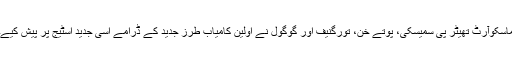
ماسکوآرٹ تھیٹر پی سمیسکی، پوتے خن، تورگنیف اور گوگول نے اولین کامیاب طرز جدید کے ڈرامے اسی جدید اسٹیج پر پیش کیے۔